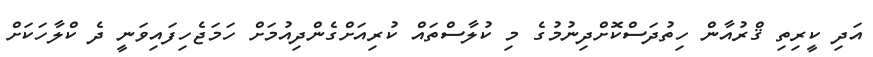
އަދި ކީރިތި ޤްރުއާން ހިތުދަސްކޮށްދިނުމުގެ މި ކުލާސްތައް ކުރިއަށްގެންދިއުމަށް ހަމަޖެހިފައިވަނީ ދެ ކްލާހަކަށް